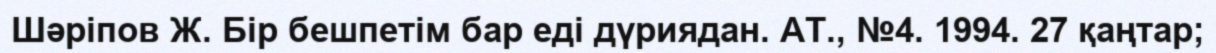
Шәріпов Ж. Бір бешпетім бар еді дүриядан. АТ., №4. 1994. 27 қаңтар;